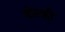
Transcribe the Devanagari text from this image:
वोल्फ़ी